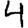
Digit: 4